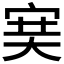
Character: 𡨏